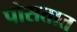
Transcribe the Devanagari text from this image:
पोसतात